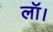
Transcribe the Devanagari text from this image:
लॉ।